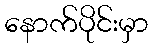
နောက်ပိုင်းမှာ